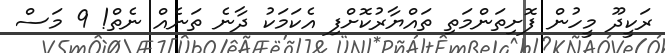
ރަކީދޫ މީހުން ފޮށިތަންމަތި ތައްޔާރުކޮށްފި އެކަމަކު ދާނެ ތަނެއް ނެތް! 9 މަސް